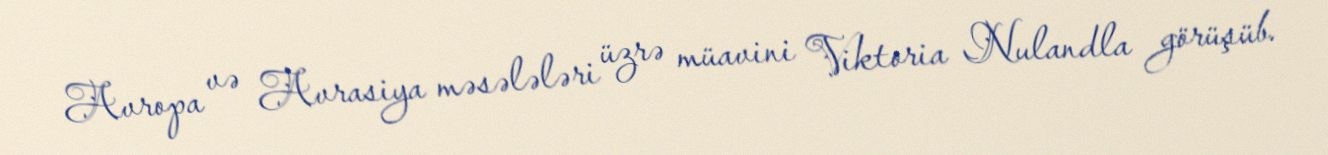
Avropa və Avrasiya məsələləri üzrə müavini Viktoria Nulandla görüşüb.